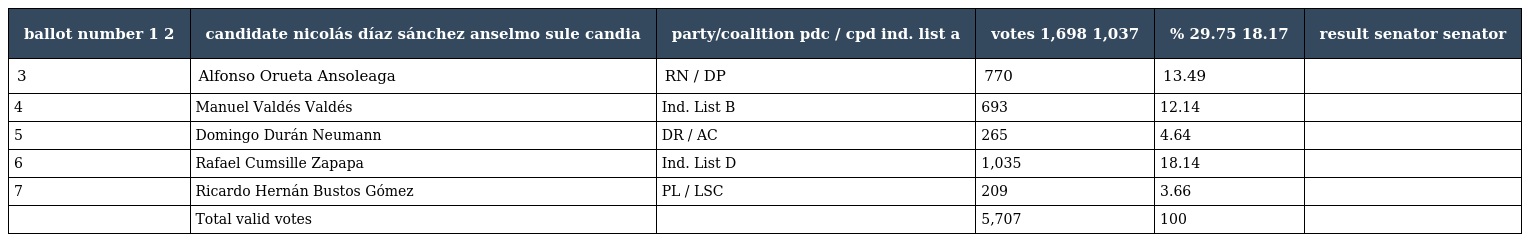
| ballot number 1 2 | candidate nicolás díaz sánchez anselmo sule candia | party/coalition pdc / cpd ind. list a | votes 1,698 1,037 | % 29.75 18.17 | result senator senator |
 | --- | --- | --- | --- | --- | --- |
 | 3 | Alfonso Orueta Ansoleaga | RN / DP | 770 | 13.49 |  |
 | 4 | Manuel Valdés Valdés | Ind. List B | 693 | 12.14 |  |
 | 5 | Domingo Durán Neumann | DR / AC | 265 | 4.64 |  |
 | 6 | Rafael Cumsille Zapapa | Ind. List D | 1,035 | 18.14 |  |
 | 7 | Ricardo Hernán Bustos Gómez | PL / LSC | 209 | 3.66 |  |
 |  | Total valid votes |  | 5,707 | 100 |  |